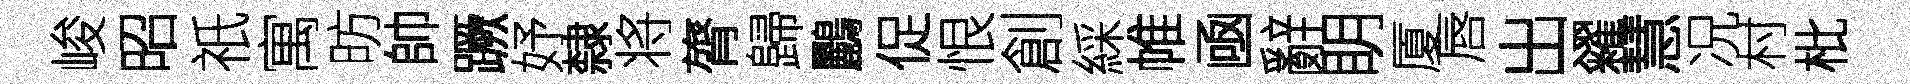
峻昭祇寓昉帥蹶妤隸将膂歸鸝促恨創綵帷凾辭眀厦唇出糴慧况村枇